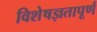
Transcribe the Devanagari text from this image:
विशेषज्ञतापूर्ण